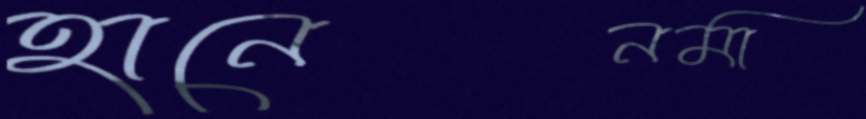
হানেনমা